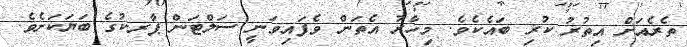
ތެރެއަށް އިތުރު ކުރި ބައެކެވެ. މިހާރު އެތަން ވެފައިވަނީ ސަލްޓަން ޕާރކުގެ ބަޔަކަށެވެ.